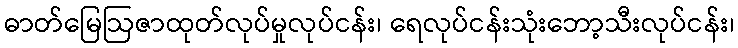
ဓာတ်မြေဩဇာထုတ်လုပ်မှုလုပ်ငန်း၊ ရေလုပ်ငန်းသုံးဘော့သီးလုပ်ငန်း၊